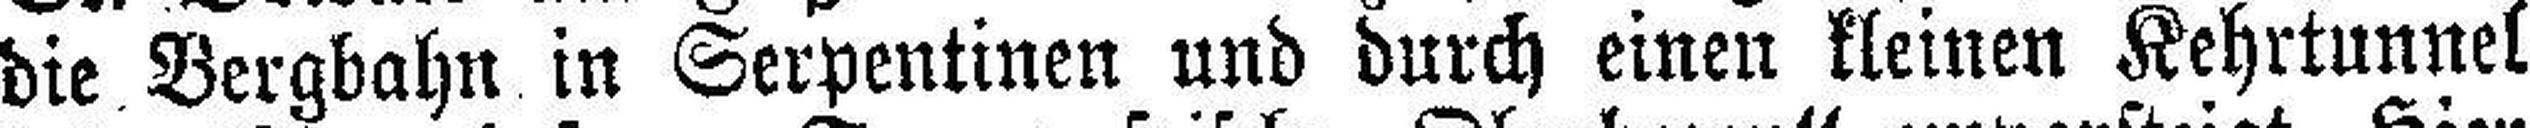
die Bergbahn in Serpentinen und durch einen kleinen Kehrtunnel